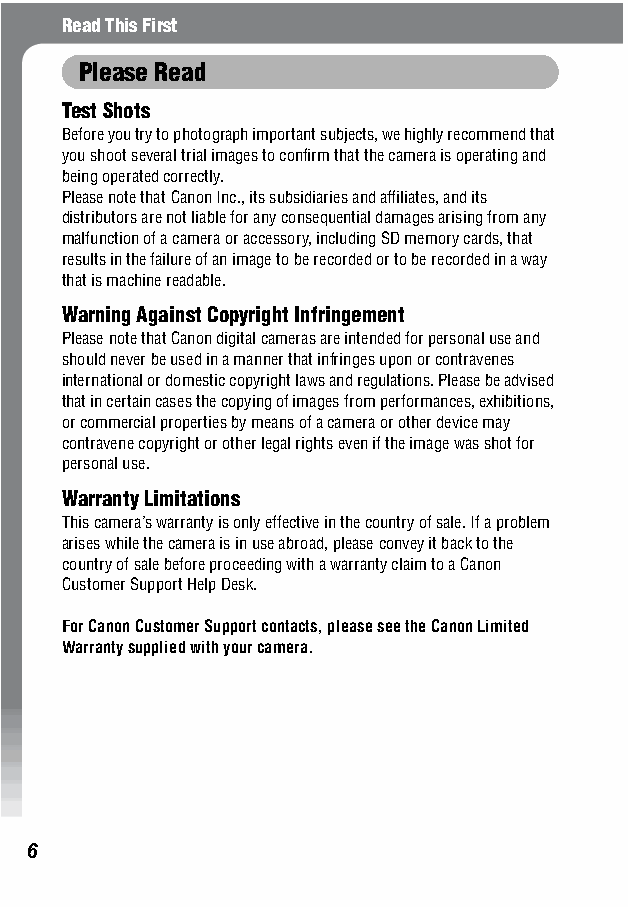
Read This First
 Please Read
 Test Shots
 Before you try to photograph important subjects, we highly recommend that
 you shoot several trial images to confirm that the camera is operating and
 being operated correctly.
 Please note that Canon Inc., its subsidiaries and affiliates, and its
 distributors are not liable for any consequential damages arising from any
 malfunction of a camera or accessory, including SD memory cards, that
 results in the failure of an image to be recorded or to be recorded in a way
 that is machine readable.
 Warning Against Copyright Infringement
 Please note that Canon digital cameras are intended for personal use and
 should never be used in a manner that infringes upon or contravenes
 international or domestic copyright laws and regulations. Please be advised
 that in certain cases the copying of images from performances, exhibitions,
 or commercial properties by means of a camera or other device may
 contravene copyright or other legal rights even if the image was shot for
 personal use.
 Warranty Limitations
 This camera’s warranty is only effective in the country of sale. If a problem
 arises while the camera is in use abroad, please convey it back to the
 country of sale before proceeding with a warranty claim to a Canon
 Customer Support Help Desk.
 For Canon Customer Support contacts, please see the Canon Limited
 Warranty supplied with your camera.
 6